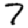
Digit: 7